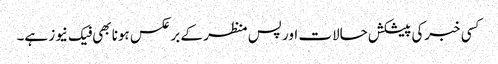
کسی خبرکی پیشکش حالات اور پس منظر کے برعکس ہونا بھی فیک نیوز ہے۔